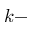
k -